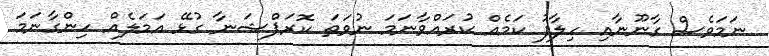
ނަމަވެސް ގާނޫނާއި ހިލާފު ކަމެއް ކުރައްވާނަމަ ނުވަތަ ކޮރަޕްޝަނާ ގުޅޭ އަމަލެއް ހިންގާނަމަ